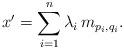
LaTeX: \begin{align*} x' = \sum_{i=1}^n \lambda_i\, m_{p_i, q_i}.\end{align*}